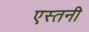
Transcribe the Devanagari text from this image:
एस्तनी